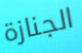
الجنازة